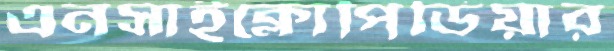
এনসাইক্লোপিডিয়ার